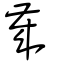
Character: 歲